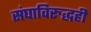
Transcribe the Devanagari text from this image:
संघाविरुद्धही